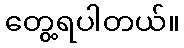
တွေ့ရပါတယ်။